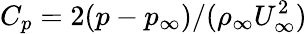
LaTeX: C_{p}=2(p-p_{\infty})/(\rho_{\infty}U_{\infty}^{2})